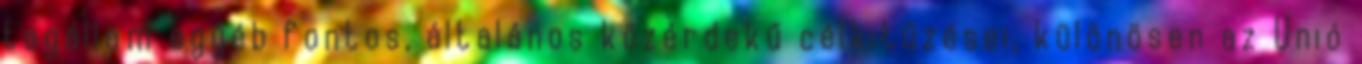
tagállam egyéb fontos, általános közérdekű célkitűzései, különösen az Unió